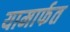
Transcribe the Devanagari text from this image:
यामार्फत